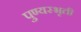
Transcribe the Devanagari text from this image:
पुण्यस्भृती